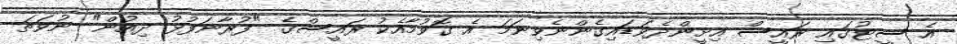
އެ ސީޓުގައި ރައީސް އިށީންދެވަޑައިގެންނެވިނަމަ އެ ގޮވުމާއެކު ރައީސްގެ "ފުރާނަފުޅު ދިއުން" ނުވަތަ